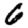
Digit: 6